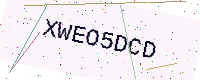
Text: XWEO5DCD